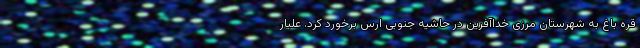
قره باغ به شهرستان مرزی خداآفرین در حاشیه جنوبی ارس برخورد کرد. علیار